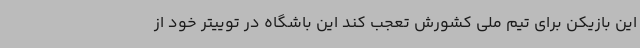
این بازیکن برای تیم ملی کشورش تعجب کند این باشگاه در توییتر خود از